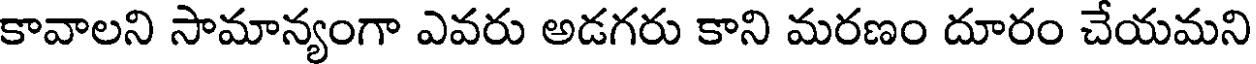
కావాలని సామాన్యంగా ఎవరు అడగరు కాని మరణం దూరం చేయమని